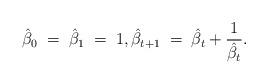
LaTeX: \begin{align*} \hat{\beta}_0 \; = \; \hat{\beta}_1 \; = \; 1, \hat{\beta}_{t+1} \; = \; \hat{\beta}_t + \frac{1}{\hat{\beta}_t}.\end{align*}